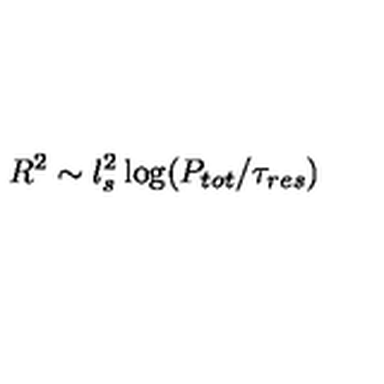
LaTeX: R ^ { 2 } \sim l _ { s } ^ { 2 } \log ( P _ { t o t } / \tau _ { r e s } )